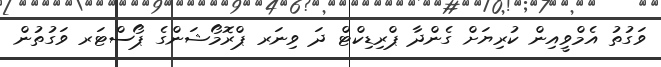
ވަގުތު އެމްވީއިން ކުރިޔަށް ގެންދާ ޕްރިޑިކްޓް ދަ ވިނަރ ޕްރޮމޯޝަންގެ ޕޯސްޓަރ ވަގުތުން